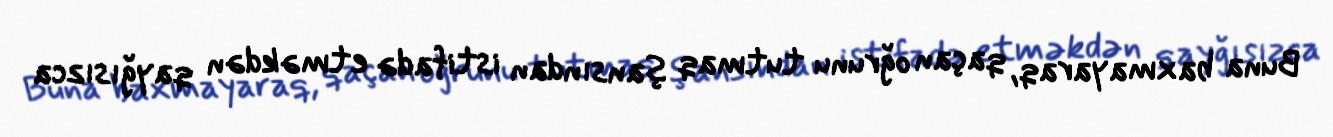
Buna baxmayaraq, qaçan oğrunu tutmaq şansından istifadə etməkdən qayğısızca